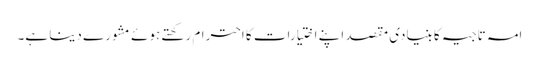
امہ تاجیہ کا بنیادی مقصد اپنے اختیارات کا احترام رکھتے ہوئے مشورے دینا ہے۔